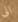
الى